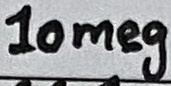
Text: 10meg